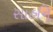
સાહનિ